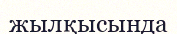
жылқысында